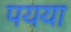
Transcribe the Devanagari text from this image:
पयया